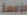
مؤسسة